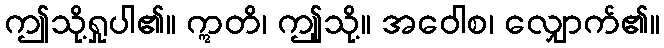
ဤသို့ရှုပါ၏။ ဣတိ၊ ဤုသို့။ အဝေါစ၊ လျှောက်၏။